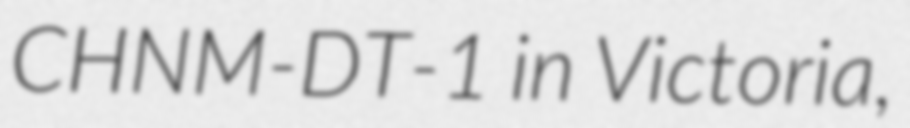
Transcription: CHNM-DT-1 in Victoria,